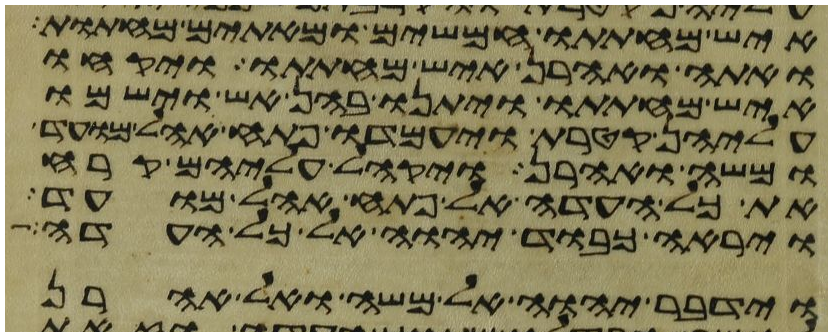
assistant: איש מחתתו חמשים ומאתים מחתות
ואתה ואהרן איש מחתתו ויקחו
איש מחתתו ויתנו בהן אש וישמו
עליהן קטרת ויעמדו פתח אהל מועד
ומשה ואהרן ויקהל עליהם קרח
את כל העדה אל פתח אהל מועד
וירא כבוד יהוה אל כל העדה
וידבר יהוה אל משה ואל אהרן